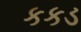
કકડ